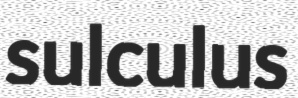
sulculus